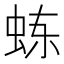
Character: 𬟾